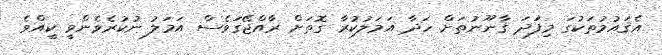
އެޤައުމުތަކުގަ މިފަަދަ ޤާނޫނުތަށް ހަދާ އަމަލުކުރާ ގޮތަށް ރާއްޖޭގަވެސް އަމަލު ނުކުރެވެންވީ ކީއްވެ